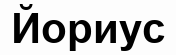
Йориус